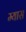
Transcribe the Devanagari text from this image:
म्यास